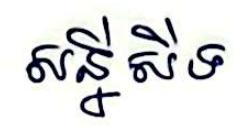
សន្នីសីទ